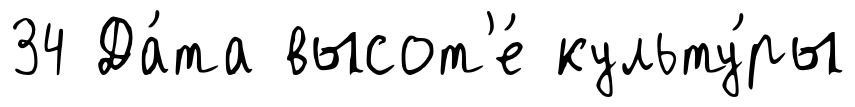
34 Да́та высот'е́ культу́ры